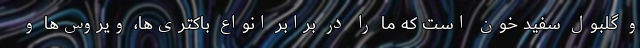
و گلبول سفید خون است که ما را در برابر انواع باکتری‌ها، ویروس‌ها و